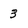
Character: 3